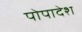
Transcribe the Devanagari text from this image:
पोपादेश